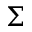
\Sigma